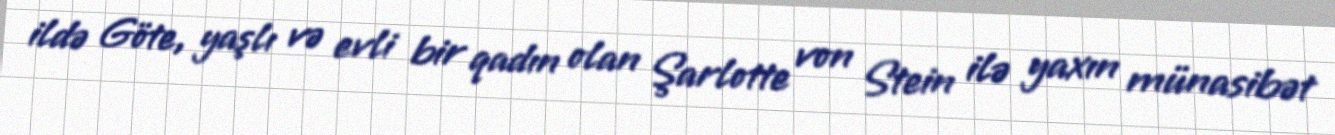
ildə Göte, yaşlı və evli bir qadın olan Şarlotte von Stein ilə yaxın münasibət